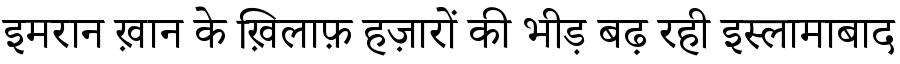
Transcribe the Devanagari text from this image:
इमरान ख़ान के ख़िलाफ़ हज़ारों की भीड़ बढ़ रही इस्लामाबाद